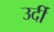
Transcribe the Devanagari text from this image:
उर्दी